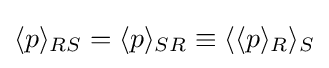
\langle p\rangle _{RS}=\langle p\rangle _{SR}\equiv \langle \langle p\rangle _{R}\rangle _{S}